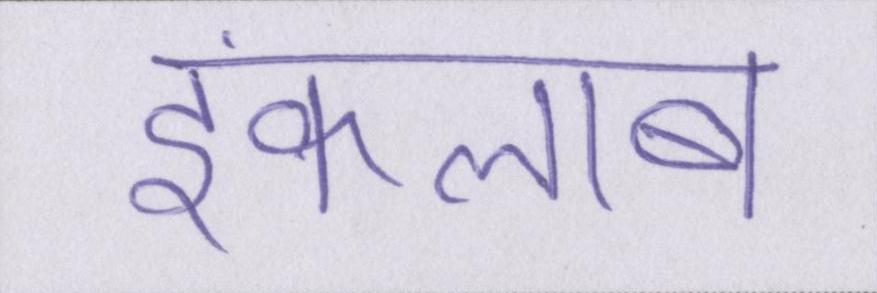
इंकलाब